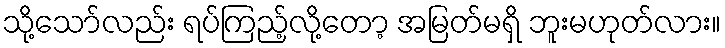
သို့သော်လည်း ရပ်ကြည့်လို့တော့ အမြတ်မရှိ ဘူးမဟုတ်လား။